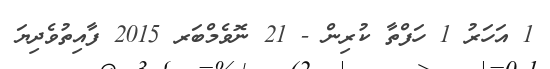
1 އަހަރު 1 ހަފްތާ ކުރިން - 21 ނޮވެމްބަރ 2015 ފާއިތުވެދިޔަ